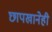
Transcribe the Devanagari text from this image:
छापखानेही